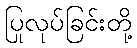
ပြုလုပ်ခြင်းတို့